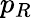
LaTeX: p_{R}